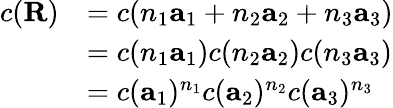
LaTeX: {\begin{array}{rl}{c(\mathbf{R})}&{=c(n_{1}\mathbf{a}_{1}+n_{2}\mathbf{a}_{2}+n_{3}\mathbf{a}_{3})}\\ &{=c(n_{1}\mathbf{a}_{1})c(n_{2}\mathbf{a}_{2})c(n_{3}\mathbf{a}_{3})}\\ &{=c(\mathbf{a}_{1})^{n_{1}}c(\mathbf{a}_{2})^{n_{2}}c(\mathbf{a}_{3})^{n_{3}}}\end{array}}